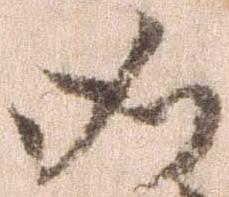
如